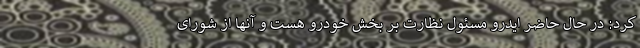
کرد: در حال حاضر ایدرو مسئول نظارت بر بخش خودرو هست و آنها از شورای